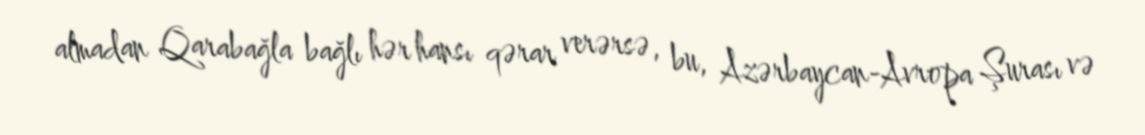
almadan Qarabağla bağlı hər hansı qərar verərsə, bu, Azərbaycan-Avropa Şurası və